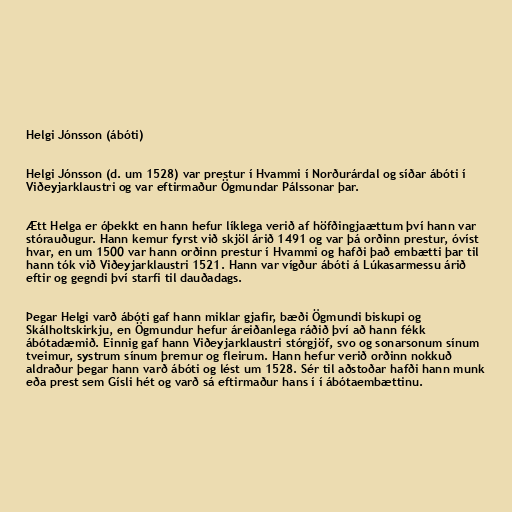
Helgi Jónsson (ábóti)

Helgi Jónsson (d. um 1528) var prestur í Hvammi í Norðurárdal og síðar ábóti í
Viðeyjarklaustri og var eftirmaður Ögmundar Pálssonar þar.

Ætt Helga er óþekkt en hann hefur líklega verið af höfðingjaættum því hann var
stórauðugur. Hann kemur fyrst við skjöl árið 1491 og var þá orðinn prestur, óvíst
hvar, en um 1500 var hann orðinn prestur í Hvammi og hafði það embætti þar til
hann tók við Viðeyjarklaustri 1521. Hann var vígður ábóti á Lúkasarmessu árið
eftir og gegndi því starfi til dauðadags.

Þegar Helgi varð ábóti gaf hann miklar gjafir, bæði Ögmundi biskupi og
Skálholtskirkju, en Ögmundur hefur áreiðanlega ráðið því að hann fékk
ábótadæmið. Einnig gaf hann Viðeyjarklaustri stórgjöf, svo og sonarsonum sínum
tveimur, systrum sínum þremur og fleirum. Hann hefur verið orðinn nokkuð
aldraður þegar hann varð ábóti og lést um 1528. Sér til aðstoðar hafði hann munk
eða prest sem Gísli hét og varð sá eftirmaður hans í í ábótaembættinu.